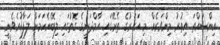
އިންސައްތަ އިތުރު މިންވަރެއް. މި އަހަރުގެ ތެރޭގައި އާމްދަނީގެ ގޮތުގައި ލިބޭނެކަމަށް ލަފާކުރެވެނީ